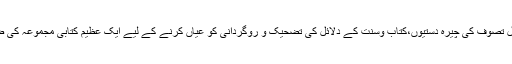
تصوف اور اہل تصوف کی چیرہ دستیوں،کتاب وسنت کے دلائل کی تضحیک و روگردانی کو عیاں کرنے کے لیے ایک عظیم کتابی مجموعہ کی ضرورت ہے ۔